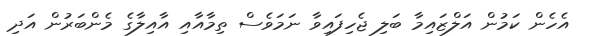
އެހެން ކަމުން އަލްޒައިމާ ބަލި ޖެހިފައިވާ ނަމަވެސް ތިމާއާއި އާއިލާގެ މެންބަރުން އަދި